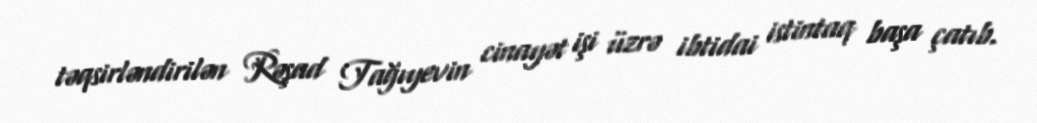
təqsirləndirilən Rəşad Tağıyevin cinayət işi üzrə ibtidai istintaq başa çatıb.